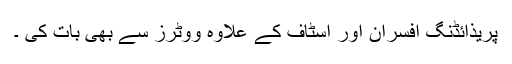
پریذائڈنگ افسران اور اسٹاف کے علاوہ ووٹرز سے بھی بات کی ۔